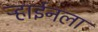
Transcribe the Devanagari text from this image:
ऱ्हाईनला